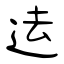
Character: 迲